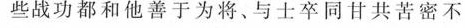
些战功都和他善于为将、与士卒同甘共苦密不